Civil Veterinary Department. Madras. Admin. report 1910-25 - 1910-1925
Year: 1910
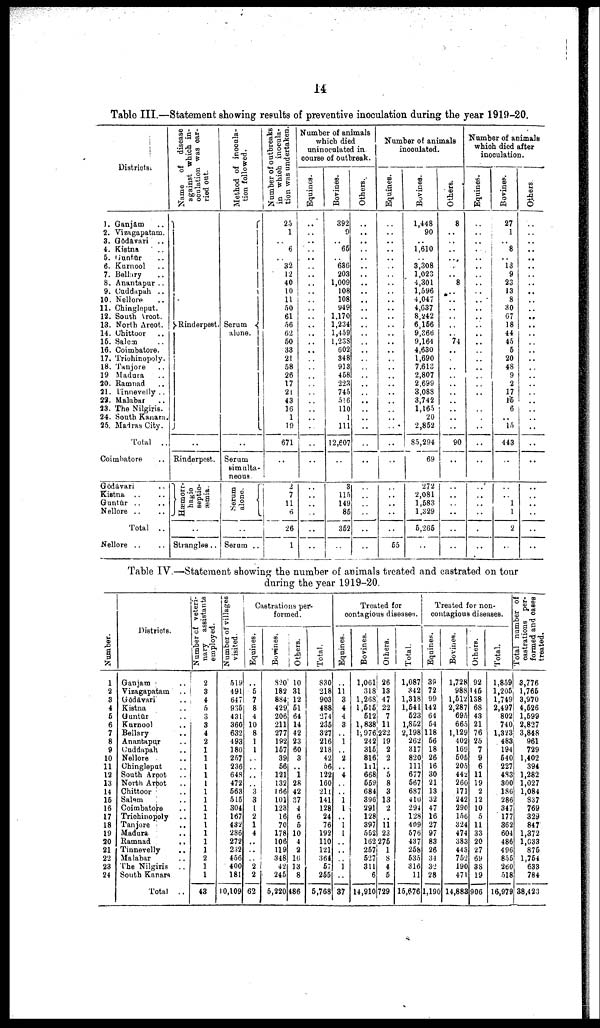
14
Table III.—Statement showing results of preventive inoculation during the year 1919-20.
Districts.
1. Ganjām ..
2. Vizagapatam.
3. Godavari ..
4. Kistna
..
5. Guntūr ..
6. Kurnool ..
7. Bellary ..
8. Anantapur ..
9. Cuddapah ..
10. Nellore ..
11. Chingleput.
12. South Arcot.
13. North Arcot.
14. Chittoor ..
15. Salem ..
16. Coimbatore.
17. Trichinopoly.
18. Tanjore ..
19 Madura
20. Ramnad ..
21. Linnevelly ..
22. Malabar
23. The Nilgiris.
24. South Kanara.
25. Madras City.
Total ..
Coimbatore ..
Gōdāvari ..
Kistna .. ..
Guntūr .. ..
Nellore .. ..
Total ..
Nellore .. ..
Name
of disease
against which in
oculation was car-
ried out.
Rinderpest.
..
Rinderpest.
Hæmorr-
hagic
septic
mia.
Strangles ..
Method of inocula
tion followed.
Serum
alone.
Serum
simulta
neous.
Serum
alone.
Serum ..
Number of outbreaks
in which inocula
tion was undertaken.
25
1
6
.. 32
12
40
10
11
50
61
56
62
50
33
21
58
26
17
21
43
16
1
19
671
..
2
7
11
6
26
1
Number of animals
which died
uninoculated in
course of outbreak.
Equities.
..
..
..
..
..
..
..
..
..
..
..
..
....
....
....
..
..
..
..
..
..
..
..
..
..
..
..
..
..
..
Bovines.
392
9
65
636
203
1,009
108
108
949
1,170
1,234
1,459
1,238
602
348
913
458
223
745
516
110
1
111
12,607
3
115
149
85
352
Others.
Number of animals
inoculated.
Equines.
..
..
..
..
55
Bovines.
1,448
90
1,610
3,308
1,023
4,301
1,596
4,047
4,637
8,242
6,156
9,366
9,164
4,630
1,690
7,613
2,807
2,699
3,088
3,742
1,165
20
2,852
85,294
69
272
2,081
1,583
1,329
5,265
Others.
8
...
..
8
74
..
..
..
..
..
..
90
..
..
Number of animals
which died after
inoculation.
Equines.
..
..
..
..
..
..
..
..
..
..
..
.
Bovines.
27
1
8
13
9
23
13
8
30
67
18
44
45
5
20
48
9
2
17
15
6
..
15
443
1
1
2
Others.
..
..
..
..
..
..
..
..
..
..
..
..
Table IV.—Statement showing the number of animals treated and castrated on tour
during the year 1919-20.
Number.
1
2
3
4
5
6
7
8
9
10
11
12
13
14
15
16
17
18
19
20
21
22
23
24
Districts.
Ganjām ..
Vizagapatam ..
Gōdāvari ..
Kistna ..
Guntūr ..
Kurnool ..
Bellary ..
Anantapur ..
Cuddapah ..
Nellore ..
Chingleput ..
South Arcot ..
North Arcot ..
Chittoor ..
Salem ..
Coimbatore ..
Trichinopoly ..
Tanjore ..
Madura
Ramnad ..
Tinnevelly ..
Malabar
The Nilgiris ..
South Kanara
Total
Number of veteri
nary
assistants
employed.
2
3
4
5
3
3
4
2
1
1
1
1
1
1
1
1
1
1
1
1
1
2
1
1
43
Number of villages
visited.
519
491
647
935
431
360
632
493
180
257
236
648
472
563
515
304
167
432
286
272
232
456
400
181
10,109
Castrations per
formed.
Equines.
5
7
8
4
10
8
1
1
..
..
..
..
3
3
1
2
1
4
..
..
2
2
62
Bovines.
820
182
884
429
206
211
277
192
157
39
56
121
132
166
101
123
16
70
178
106
119
348
42
245
5,220
Others.
10
31
12
51
64
14
42
23
60
3
..
1
28
42
37
4
6
5
10
4
2
16
13
8
486
Total.
830
218
903
488
274
235
327
216
218
42
56
122
160
211
141
128
24
76
192
110
121
364
57
255
5,768
Treated for
contagious diseases.
Equines.
11
3
4
4
3
1
.. 2
..
4
1
1
1
1
..
1
37
Bovines.
1,061
318
1,288
1,515
512
1,838
1,976
242
315
816
111
668
559
684
396
291
128
397
552
162
257
527
311
6
14,910
Others.
26
13
47
22
7
11
222
19
2
2
..
5
8
3
13
2
..
11
23
275
1
8
4
5
729
Total.
1,087
342
1,318
1,541
523
1,852
2,198
262
317
820
111
677
567
687
410
294
128
409
576
437
258
535
316
11
15,676
Treated for non
contagious diseases.
Equines.
39
72
99
142
64
54
118
66
18
26
16
30
21
13
32
47
16
27
97
83
26
34
32
28
1,190
Bovines.
1,728
988
1,612
2,287
695
665
1,129
402
169
506
205
442
260
171
242
290
156
324
474
383
44 3
752
190
471
14,883
Others.
92
145
138
68
43
21
76
25
7
9
6
11
19
2
12
10
5
11
33
20
27
69
38
19
906
Total.
1,859
1,205
1,749
2,497
802
740
1,323
483
194
540
227
4.83
300
186
286
347
177
362
604
486
496
855
260
518
16,979
Total number of
castrations per
formed and oases
treated.
3,776
1,765
3,970
4,526
1,599
2,827
3,848
961
729
1,402
394
1,282
1,027
1,084
837
769
329
847
1,372
1,033
875
1,754
633
784
38,423